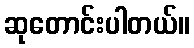
ဆုတောင်းပါတယ်။